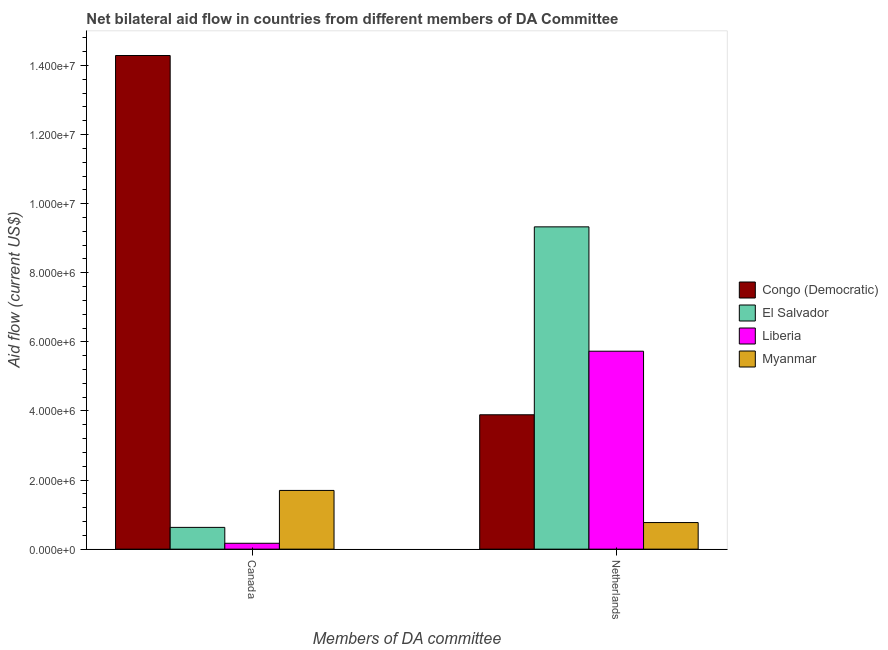
| Members of DA committee | Congo (Democratic) | El Salvador | Liberia | Myanmar |
 | --- | --- | --- | --- | --- |
 | Canada | 1.43e+07 | 6.3e+05 | 1.7e+05 | 1.7e+06 |
 | Netherlands | 3.89e+06 | 9.33e+06 | 5.73e+06 | 7.7e+05 |